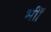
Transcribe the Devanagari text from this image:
भीॉ